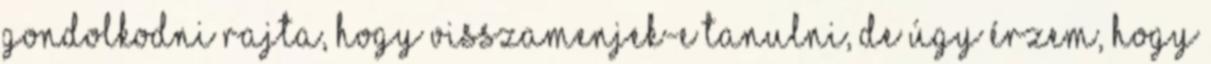
gondolkodni rajta, hogy visszamenjek-e tanulni, de úgy érzem, hogy